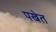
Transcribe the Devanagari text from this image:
पखेत